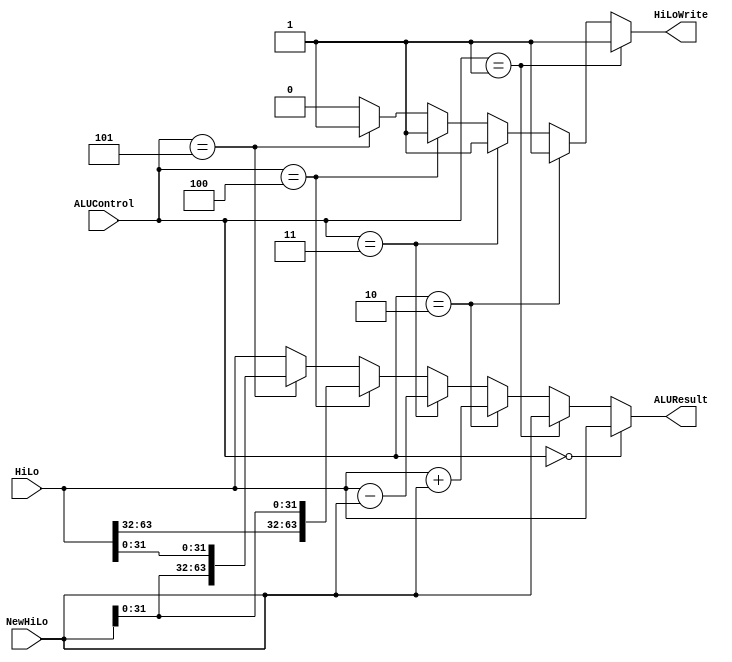
`timescale 1ns / 1ps
//////////////////////////////////////////////////////////////////////////////////
// Company: 
// Engineer: 
// 
// Design Name: 
// Module Name: HiLoALU_C
// Project Name: 
// Target Devices: 
// Tool Versions: 
// Description: 
// 
// Dependencies: 
// 
// Revision:
// Revision 0.01 - File Created
// Additional Comments:
// 
//////////////////////////////////////////////////////////////////////////////////


module HiLoALU_C(NewHiLo, HiLo,
                 ALUControl,  
                 ALUResult, HiLoWrite);
                 
    input [63:0] NewHiLo;
    input [63:0] HiLo;
    input [2:0] ALUControl;
    
    output [63:0] ALUResult;
    output HiLoWrite;
    
    
    // Maintain old values
    assign ALUResult = (ALUControl == 3'd0) ? HiLo :
    // Insert new values
                       (ALUControl == 3'd1) ? NewHiLo :
    // Add new and old
                       (ALUControl == 3'd2) ? HiLo + NewHiLo :
    // Subtract old by new
                       (ALUControl == 3'd3) ? HiLo - NewHiLo :
    // Old Hi, new Lo
                       (ALUControl == 3'd4) ? {HiLo[63:32], NewHiLo[31:0]} :
    // New Hi, old lo
                       (ALUControl == 3'd5) ? {NewHiLo[31:0], HiLo[31:0]} :
    // Else
                       HiLo;
                       
    assign HiLoWrite = (ALUControl == 3'd1) ? 1 :
                       (ALUControl == 3'd2) ? 1 :
                       (ALUControl == 3'd3) ? 1 :
                       (ALUControl == 3'd4) ? 1 :
                       (ALUControl == 3'd5) ? 1 :
                       0;

endmodule